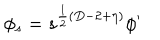
LaTeX: \phi _ { s } = s ^ { \frac { 1 } { 2 } ( D - 2 + \eta ) } \phi ^ { \prime }